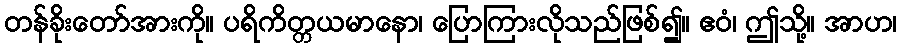
တန်ခိုးတော်အားကို။ ပရိကိတ္တယမာနော၊ ပြောကြားလိုသည်ဖြစ်၍။ ဧဝံ၊ ဤသို့။ အာဟ၊